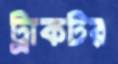
ট্রাকটর